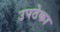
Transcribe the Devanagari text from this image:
उपठेका